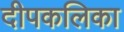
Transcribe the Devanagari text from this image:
दीपकलिका